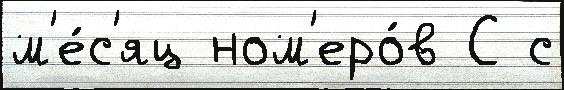
м'е́с'яц ном'еро́в С с